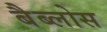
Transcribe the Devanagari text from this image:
बैब्लोस